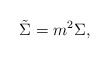
\begin{align*} \tilde{\Sigma}=m^2\Sigma,\end{align*}